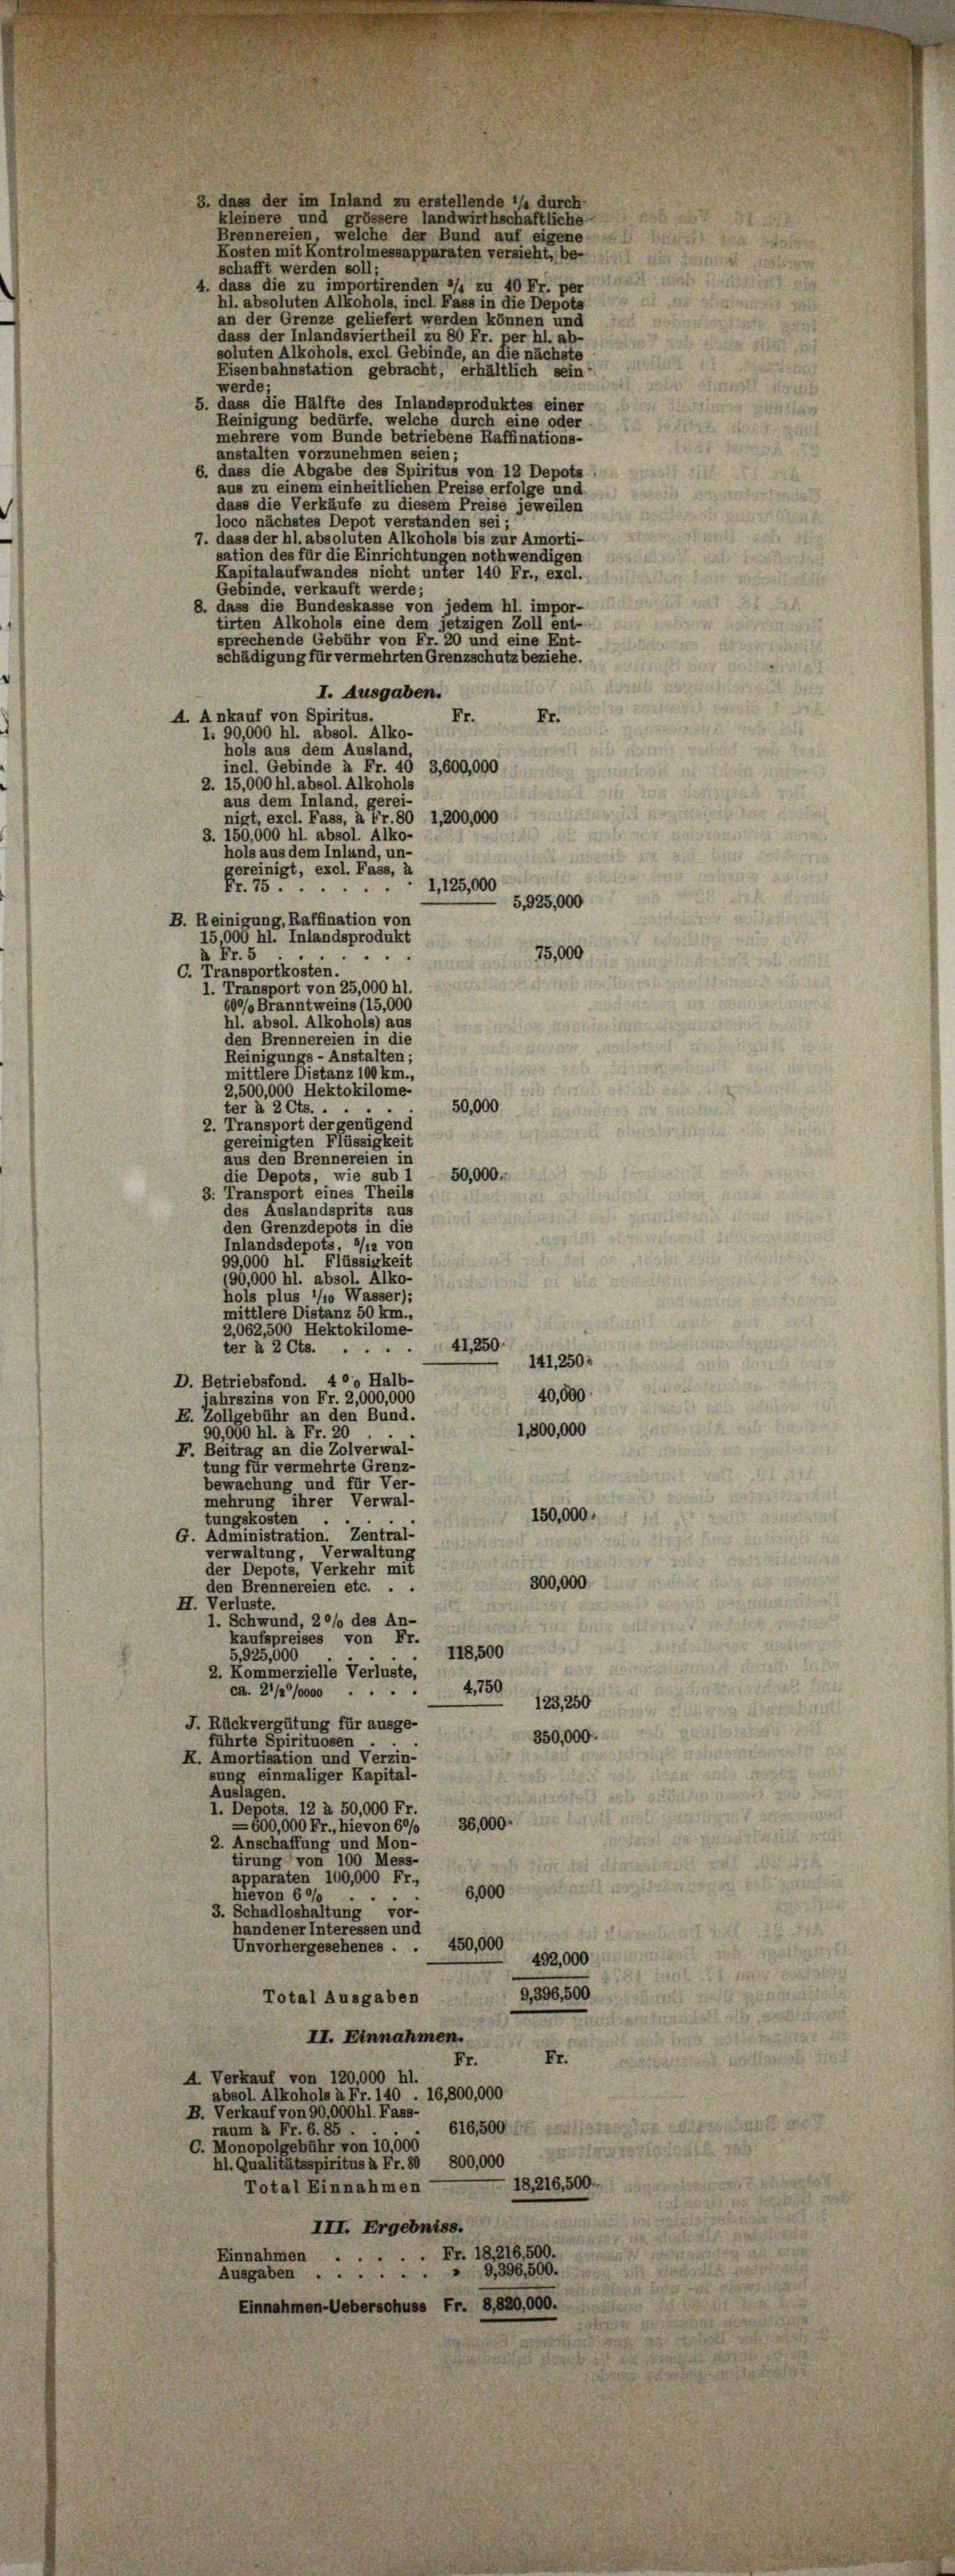
3. dass der im Inland zu erstellende */4 durch
Brennereien, welche der Bund auf eigene
Kosten mit Kontrolmessapparaten versieht, be-
schafft werden soll;
dass die zu importirenden 3/4 zu 40 Fr. per
hl. absoluten Alkohols, incl. Fass in die Depots
an der Grenze geliefert werden können und
dass der Inlandsviertheil zu 80 Fr. per hl. ab-
soluten Alkohols, excl Gebinde, an die nächste
Eisenbahnstation gebracht, erhältlich sein
werde;
dass die Hälfte des Inlandsproduktes einer
Reinigung bedürfe, welche durch eine oder
mehrere vom Bunde betriebene Raffinations-
anstalten vorzunehmen seien.
dass die Abgabe des Spiritus von 12 Depots
us zu einem einheitlichen Preise erfolge und
dass die Verkäufe zu diesem Preise jeweilen
loco nächstes Depot verstanden sei;
7. dass der hl. absoluten Alkohols bis zur Amorti-
ation des für die Einrichtungen nothwendigen
Kapitalaufwandes nicht unter 140 Fr., excl.
Gebinde, verkauft werde;
S. dass die Bundeskasse von jedem hl. impor-
tirten Alkohols eine dem jetzigen Zoll ent-
prechende Gebühr von Fr. 20 und eine Ent
schädigung für vermehrten Grenzschutz beziehe.
I. Ausgaben.
A. Ankauf von Spiritus,
Fr.
Fr.
l. 90,000 hl. absol. Alko-
hols aus dem Ausland,
nel. Gebinde à Fr. 40 3,600,000
2. 15,000 hl. absol. Alkoh
aus dem Inland, gerei-
nigt, excl. Fass, à Fr. 80 1,200,000
150,000 hl. absol. Alko-
hols aus dem Inland, un-
gereinigt, excl. Fass,
1, 125,000
Fr. 75.
5,925,000
B. Reinigung, Raffination von
15000 hl. Inlandsprodukt
75,000
Fr. 5
.
C. Transportkosten.
l. Transport von 25,000 hl.
60°/o Branntweins (15,000
hl. absol. Alkohols) aus
den Brennereien in die
Reinigungs-Anstalten;
mittlere Distanz 100 km.,
2,500,000 Hektokilome-
ter à 2 Cts. . .
50,000
2. Transport der genügend
gereinigten Flüssigkeit
aus den Brennereien in
die Depots, wie sub 1 50,000.
3. Transport eines Theils
des Auslandsprits aus
den Grenzdepots in die
Inlandsdepots, 3/12 von
99,000 hl. Flüssigkeit
90,000 hl. absol. Alko-
hols plus 1/10 Wasser):
mittlere Distanz 50 km.
2,062,500 Hektokilome-
41, 250.
ter à 2 Cts.
.
141, 250;
D. Betriebsfond. 400 Halb-
40,000
ahrszins von Fr. 2,000,000
E. Zollgebühr an den Bund.
1,800,000
0,000 hl. à Fr. 20
F. Beitrag an die Zolverwal-
tung für vermehrte Grenz-
bewachung und für Ver-
nehrung ihrer Verwal-
150,000.
tungskosten .
G. Administration. Zentral-
Verwaltung, Verwaltung
der Depots, Verkehr mit
300,000
den Brennereien etc. . .
H. Verluste.
1. Schwund, 20% des An-
kaufspreises von Fr.
118,500
5,925,000
2. Kommerzielle Verluste,
4,750
ca. 27/2/0000
e
123, 250
J. Rückvergütung für ausge-
350,000.
führte Spirituosen .
H. Amortisation und Verzin-
sung einmaliger Kapital-
Auslagen.
1. Depots. 12 à 50,000 Fr
36,000.
600,000 Fr., hievon 60/0
2. Anschaffung und Mon-
tirung von 100 Mess-
pparaten 100,000 Fr.,
6,000
hievon 60/
3. Schadloshaltung vor-
handener Interessen und
450,000
Unvorhergesehenes .
492,000
9,396,500
Total Ausgaben
II. Einnahmen.
Fr.
Fr.
A. Verkauf von 120,000 hl.
absol. Alkohols à Fr. 140 . 16,800,000
B. Verkauf von 90,000 hl. Fass-
616,500
raum 2 Fr. 6. 85.
C. Monopolgebühr von 10,000
hl. Qualitätsspiritus à Fr. 80, 800,000
18216,500
Total Einnahmen
III. Ergebniss.
Einnahmen . . . . . Fr. 18, 216,500.
Ausgaben. 9,396,500.
Einnahmen-Ueberschuss Fr. 8, 820,000.

kleinere und grössere landwirthschaftliche